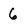
Character: 6